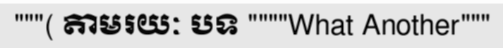
"""( តាមរយៈ បទ """"What Another"""